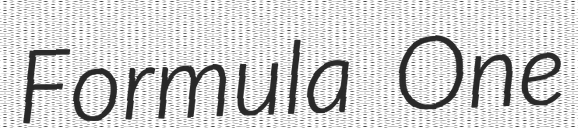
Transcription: Formula One